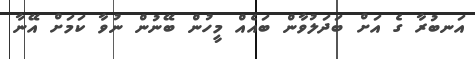
އަނބުރާ ގެ އަށް ބަދަލުވާން ބައެއް މީހުން ބޭނުން ނުވާ ކަމަށް އޭނާ